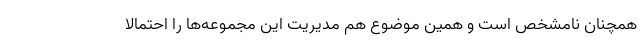
همچنان نامشخص است و همین موضوع هم مدیریت این مجموعه‌ها را احتمالا